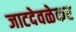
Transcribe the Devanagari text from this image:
जाटदेवळेकर